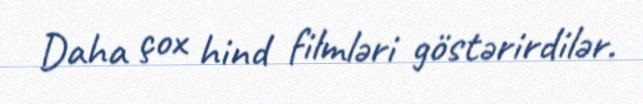
Daha çox hind filmləri göstərirdilər.